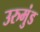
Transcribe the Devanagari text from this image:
उरुमुंड